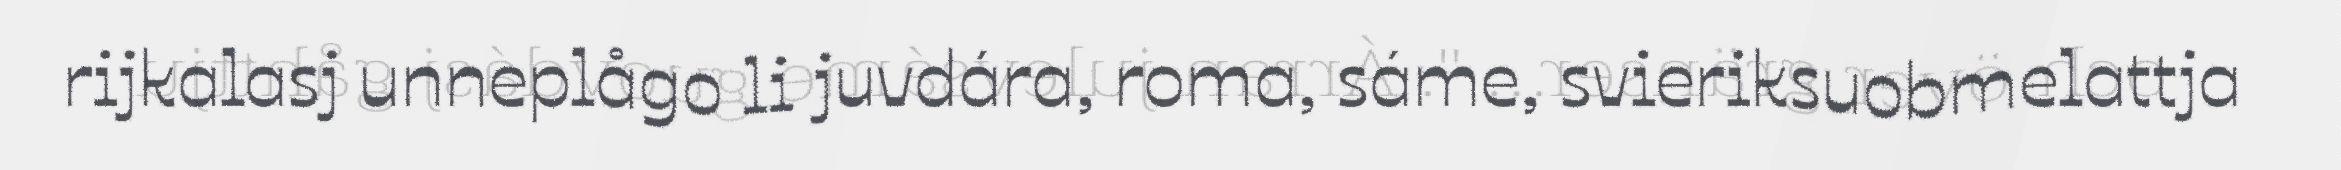
rijkalasj unneplågo li juvdára, roma, sáme, svieriksuobmelattja